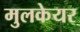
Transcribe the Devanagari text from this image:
मुलकेयर